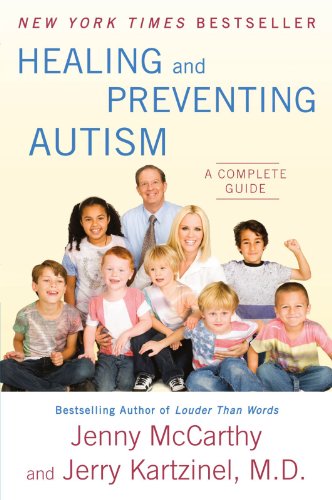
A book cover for Healing and Preventing Autism: A Complete Guide; Jenny McCarthy; Health, Fitness & Dieting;